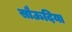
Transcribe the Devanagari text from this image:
सौऊदिया